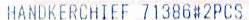
HANDKERCHIEF 71386#2PCS